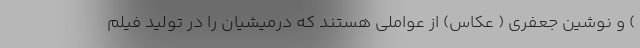
) و نوشین جعفری ( عکاس) از عواملی هستند که درمیشیان را در تولید فیلم